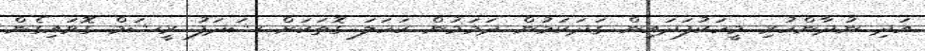
އަދި ނުދާންހުރި މީހަކުފަދައިން ގަދަކަމުން ދަމަމުން ކަހަލަ ގޮތަކަށް ޝަދަފު ރީޝަމް ގޮވައިގެން